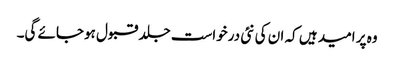
وہ پر امید ہیں کہ ان کی نئی درخواست جلد قبول ہوجائے گی۔